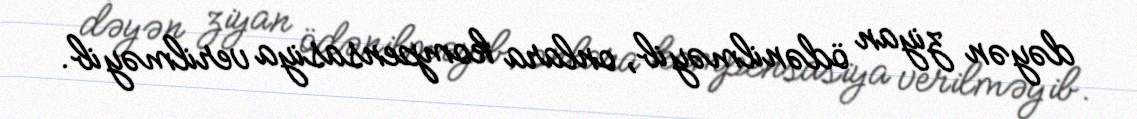
dəyən ziyan ödənilməyib, onlara kompensasiya verilməyib.